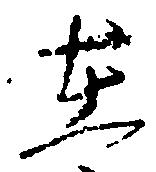
在